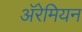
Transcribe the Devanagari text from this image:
अॅरेमियन